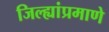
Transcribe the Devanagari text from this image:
जिल्ह्यांप्रमाणे